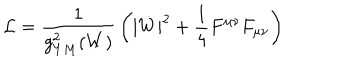
{ \cal L } = { \frac { 1 } { g _ { Y M } ^ { 2 } ( W ) } } \left( | \dot { W } | ^ { 2 } + { \frac { 1 } { 4 } } F ^ { \mu \nu } F _ { \mu \nu } \right)